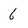
Character: 6